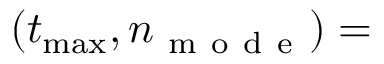
( t _ { \operatorname* { m a x } } , n _ { \mathrm { ~ m ~ o ~ d ~ e ~ } } ) =